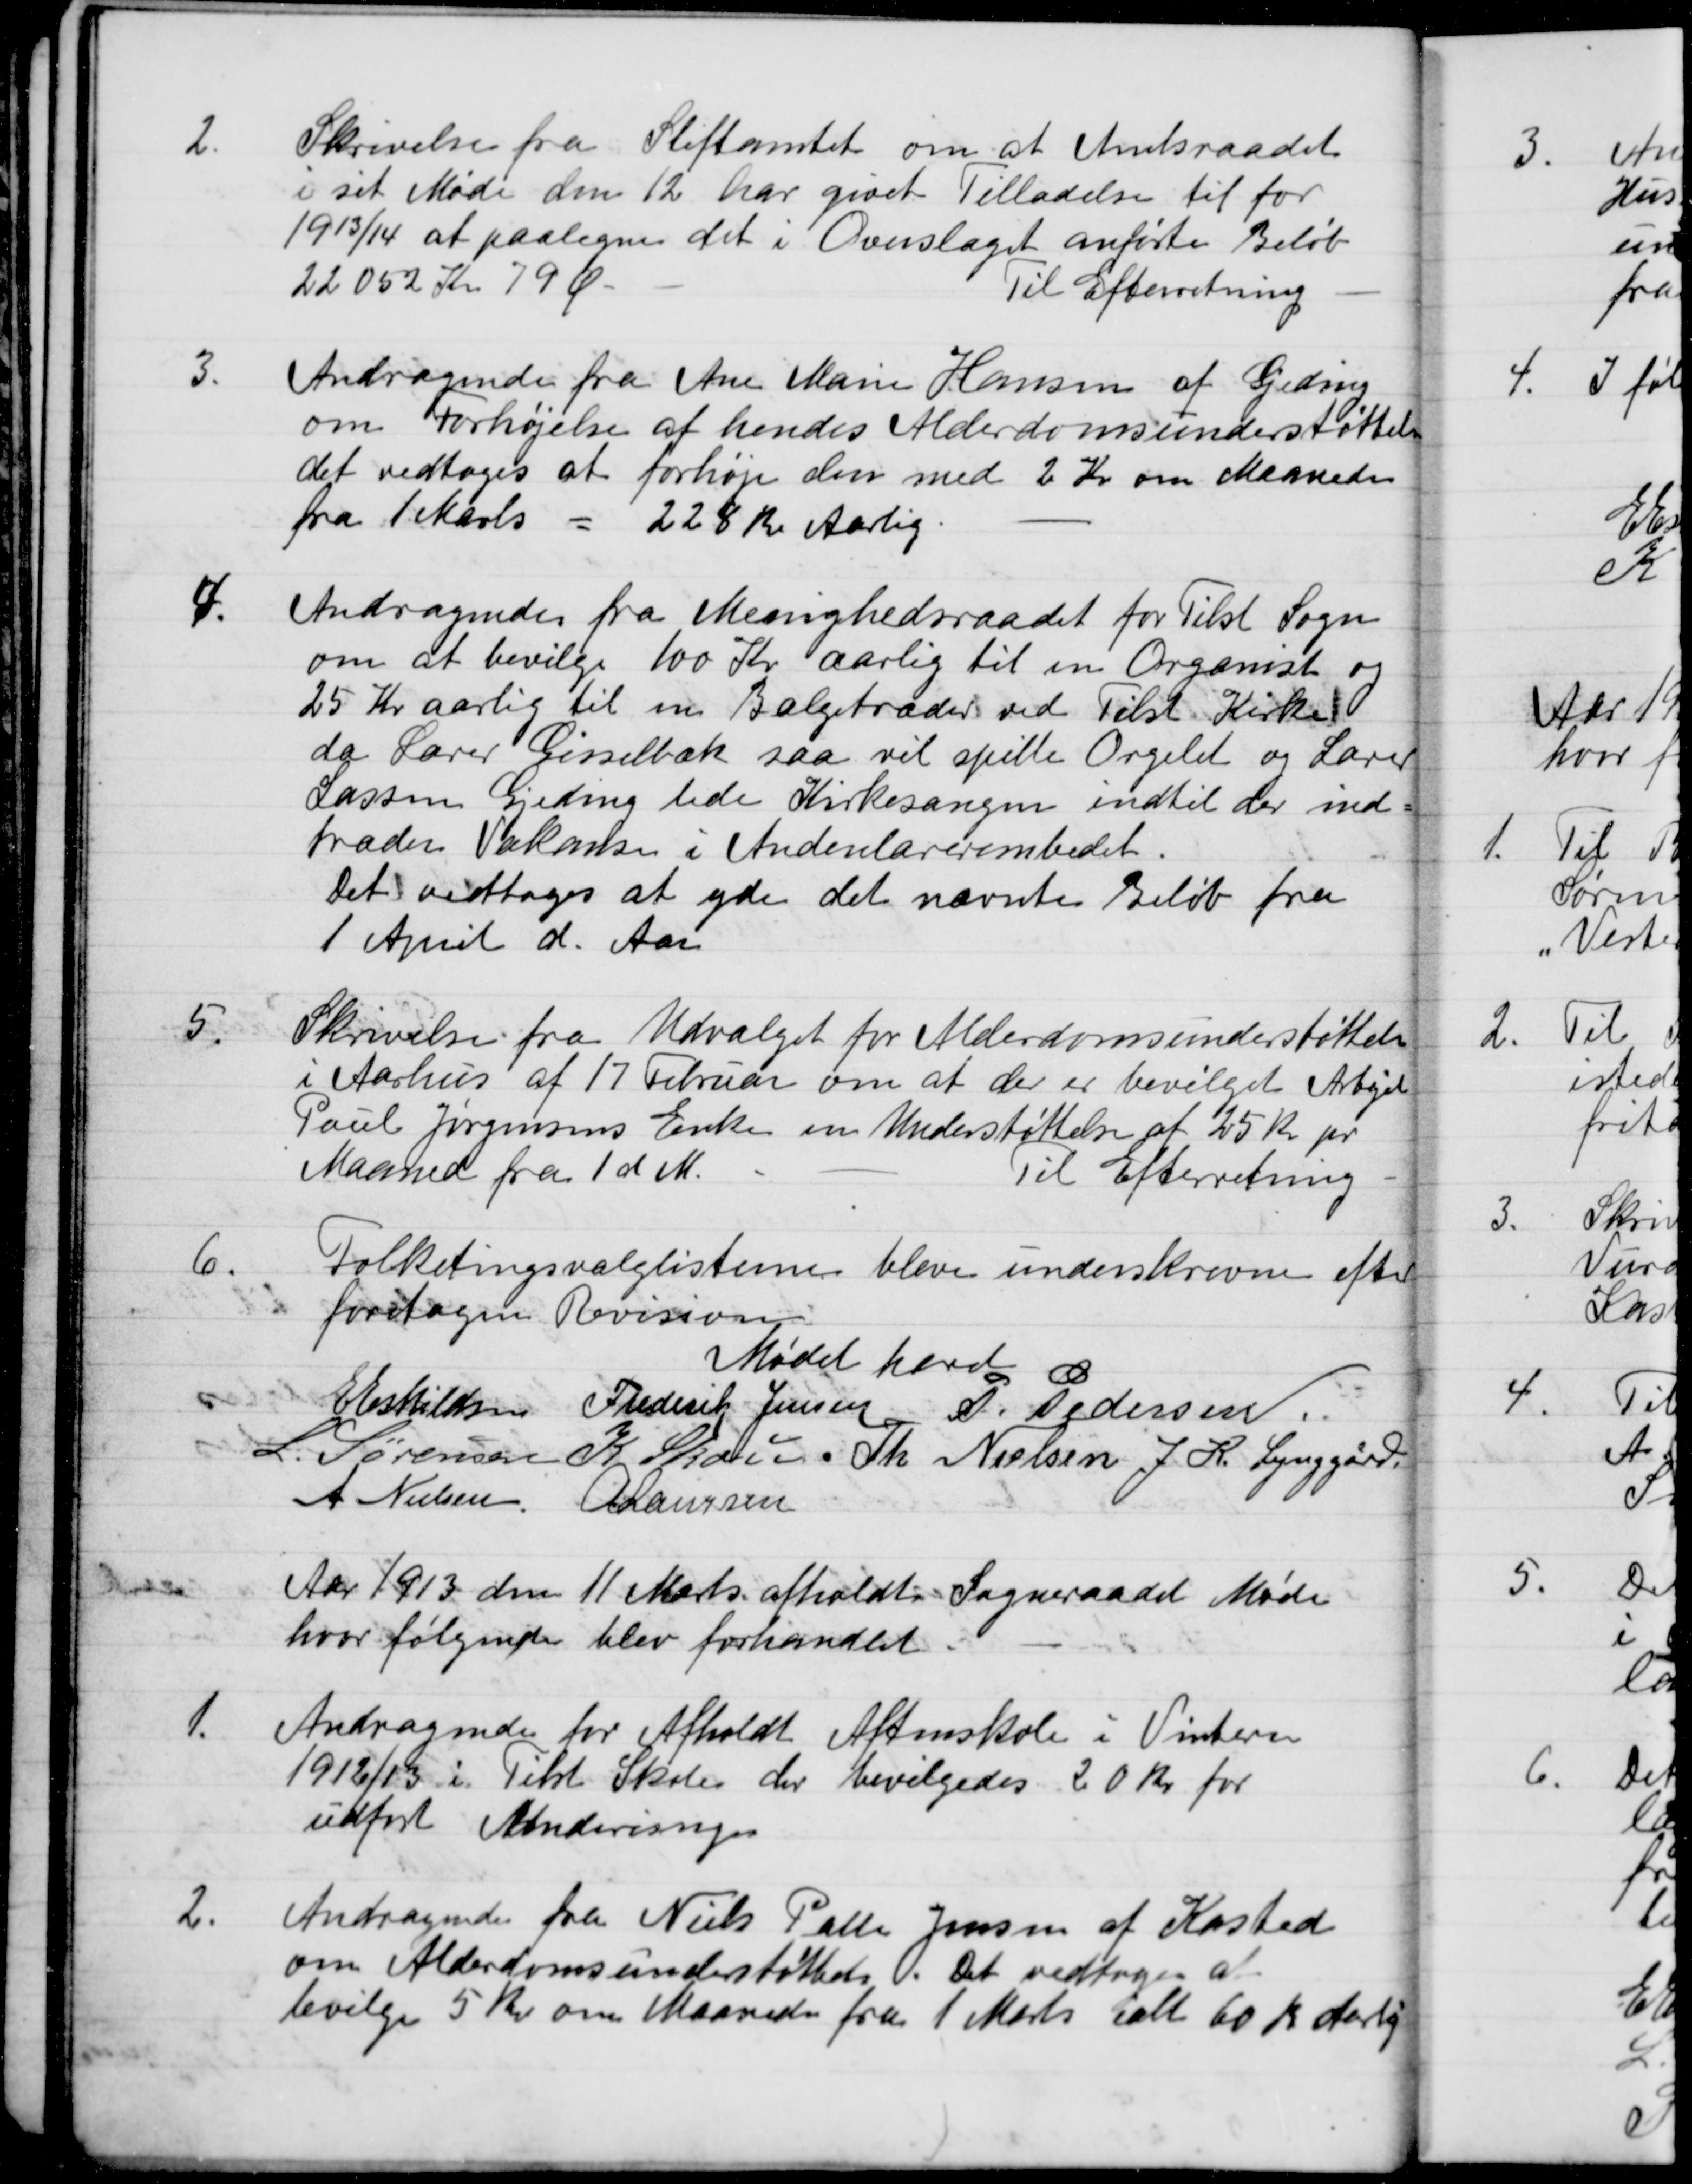
Transskription:
2.
Skrivelse fra Stiftamtet om at Amtsraadet
i sit Møde den 12 har givet Tilladelse til for
1913/14 at paaligne det i Overslaget anførte Beløb
22052 Kr 79 Ør
Til Efterretning
3.
Andragende fra Ane Marie Hansen af Gjeding
om Forhøjelse af hendes Alderdomsunderstøttelse
det vedtoges at forhøje den med 2 Kr om Maaneden
fra 1 Marts
=
228 Kr Aarlig.
4.
Andragende fra Menighedsraadet for Tilst Sogn
om at bevilge 100 Kr aarlig til en Organist og
25 Kr aarlig til en Bælgetræder ved Tilst Kirke
da Lærer Gisselbæk saa vil spille Orgelet og Lærer
Lassen Gjeding lede Kirkesangen indtil der ind-
træder Vakanse i Andenlærerembedet.
Det vedtoges at yde det nævnte Beløb fra
1 April d. Aar
5.
Skrivelse fra Udvalget for Alderdomsunderstøttelse
i Aarhus af 17 Februar om at der er bevilget Arbejd
Poul Jørgensens Enke en Understøttelse af 25 Kr pr
Maaned fra 1 d M.
Til Efterretning
6.
Folketingsvalglisterne bleve underskrevne efter
foretagen Revision
Mødet hævet
E Eskildsen
Frederik Jensen
P. Pedersen
L. Sørensen
K. Skou
Th. Nielsen
J. K. Lynggård
A Nielsen
A. Laursen

Aar 1913 den 11 Marts afholdt Sogneraadet Møde
hvor følgende blev forhandlet
1.
Andragende for Afholdt Aftenskole i Vinteren
1912/13 i Tilst Skole der bevilgedes 20 Kr for
udført Anderingen
2.
Andragende fra Niels Palle Jensen af Kasted
om Alderdomsunderstøttedes O. Det vedtoges at
bevilge 5 Kr om Maaneden fra 1 Marts ialt 60 Kr Aarlig